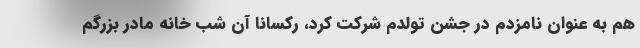
هم به عنوان نامزدم در جشن تولدم شرکت کرد، رکسانا آن شب خانه مادر بزرگم